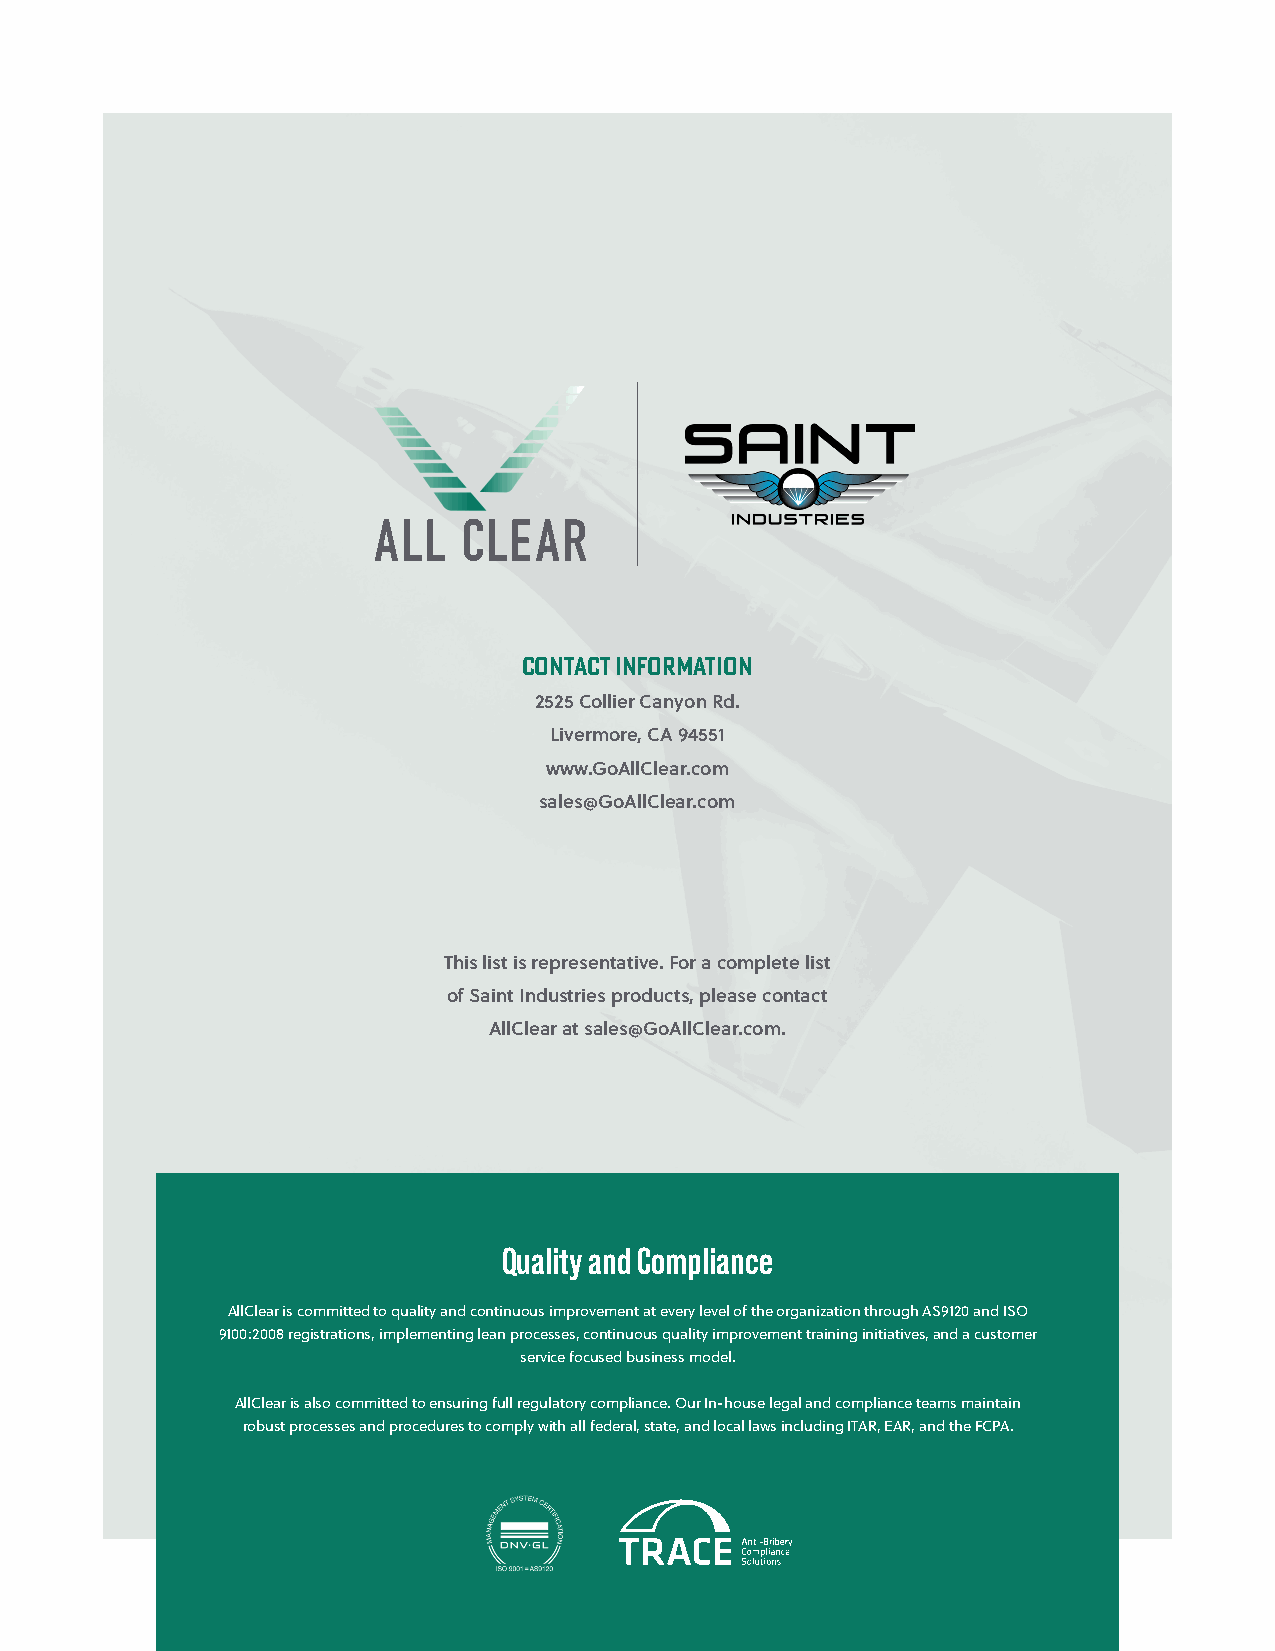
Contact Information
 2525 Collier Canyon Rd.
 Livermore, CA 94551
 www.GoAllClear.com
 sales@GoAllClear.com
 This list is representative. For a complete list
 of Saint Industries products, please contact
 AllClear at sales@GoAllClear.com.
 Quality and Compliance
 AllClear is committed to quality and continuous improvement at every level of the organization through AS9120 and ISO
 9100:2008 registrations, implementing lean processes, continuous quality improvement training initiatives, and a customer
 service focused business model.
 AllClear is also committed to ensuring full regulatory compliance. Our In-house legal and compliance teams maintain
 robust processes and procedures to comply with all federal, state, and local laws including ITAR, EAR, and the FCPA.